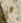
هي